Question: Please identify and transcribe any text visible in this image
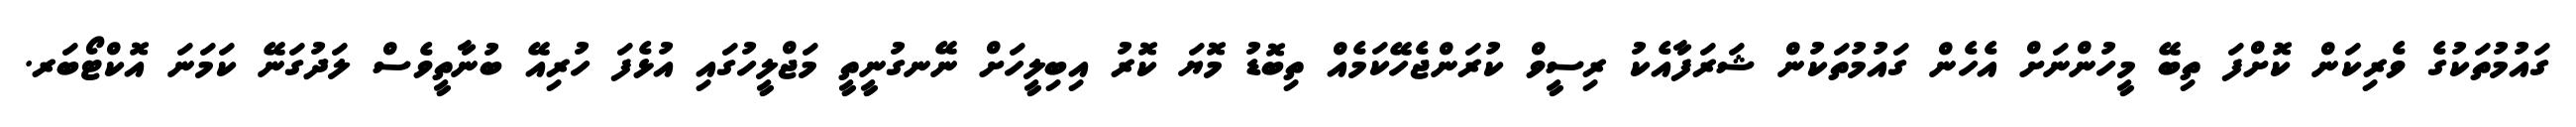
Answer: ގައުމުތަކުގެ ވެރިކަން ކޮށްފަ ތިބޭ މީހުންނަށް އެހެން ގައުމުތަކުން ޝަރަފާއެކު ރިސީވް ކުރަންޖެހޭކަމެއް ތިބޮޑު މޮޔަ ކޮރު އިބިލީހަށް ނޭނގުނީތީ މަޖްލީހުގައި އުޅެފަ ހުރިއޭ ބުނާތީވެސް ލަދުގަނޭ ކަމަނަ އޮކްޓޯބަރ.